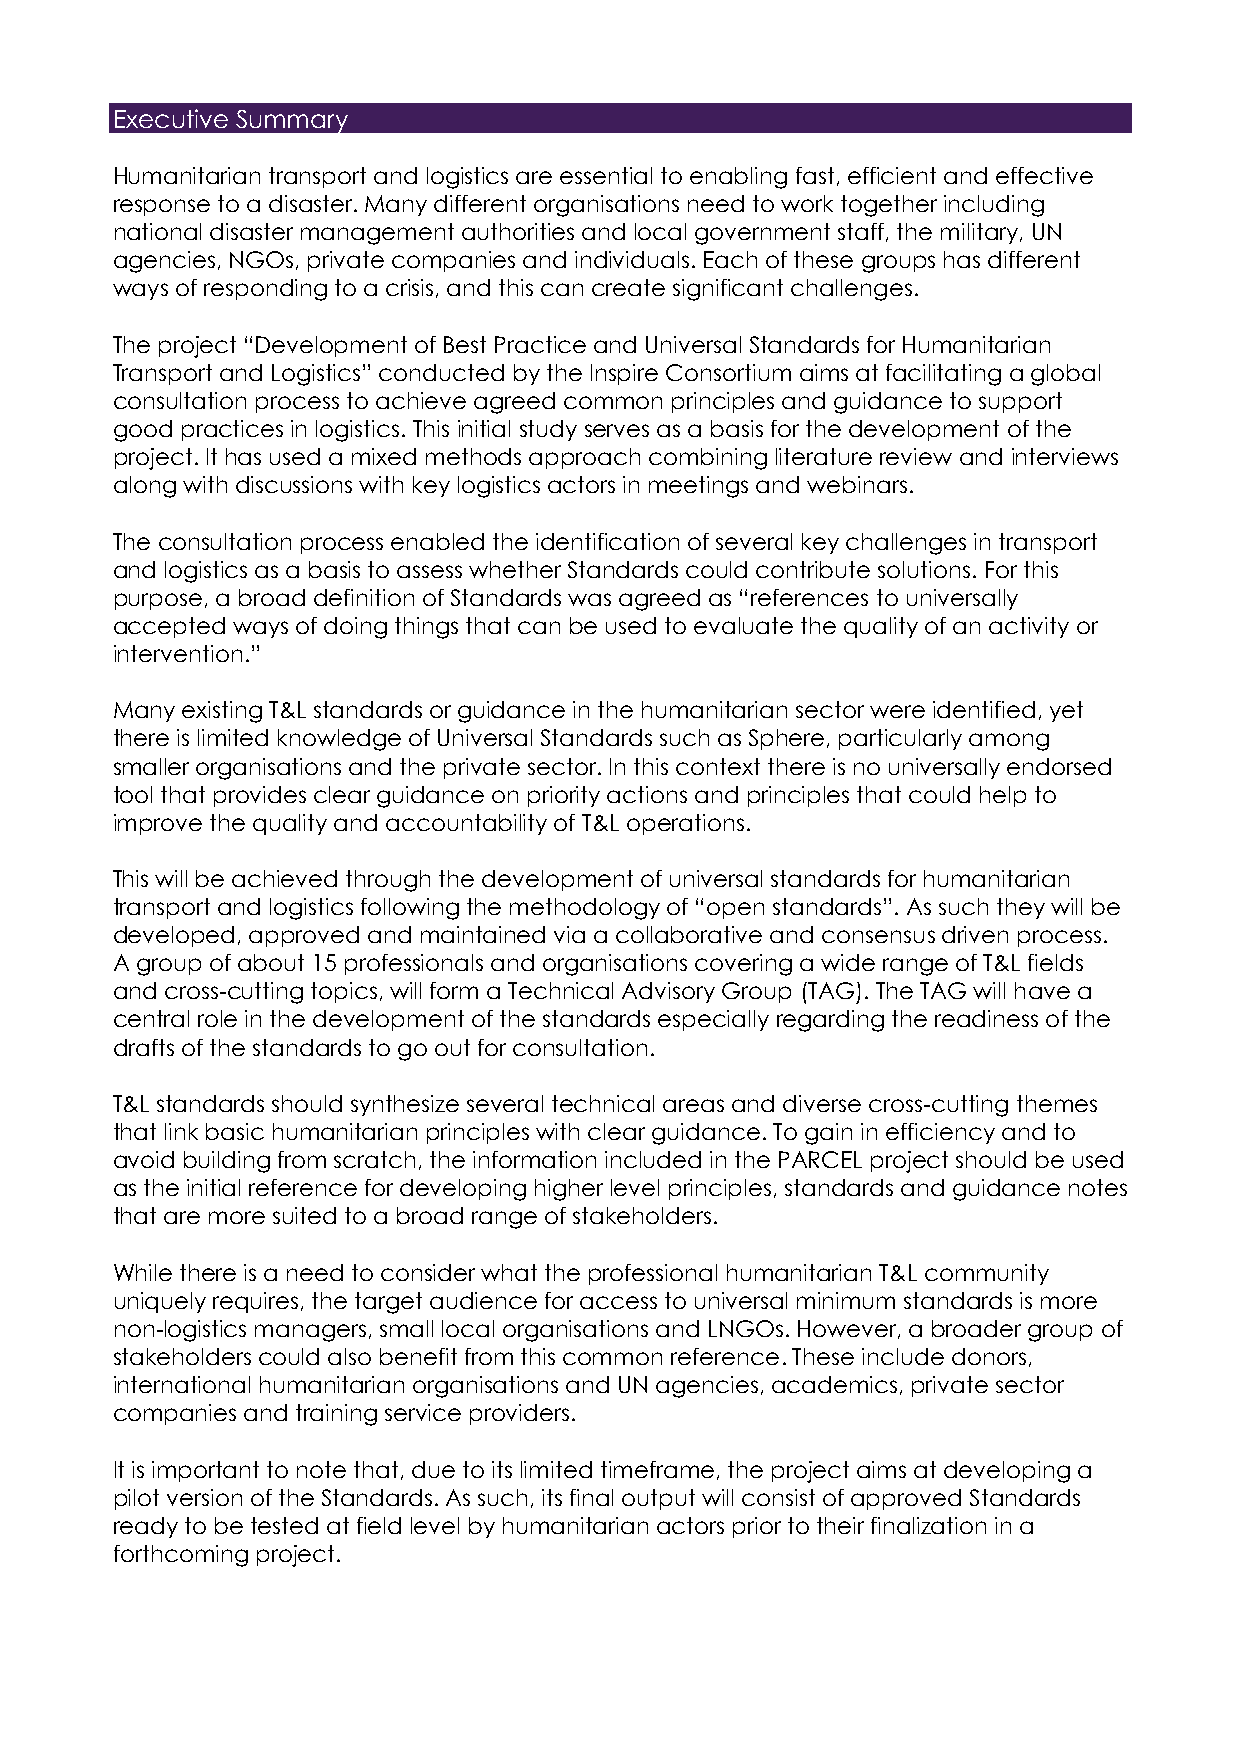
Executive Summary
 Humanitarian transport and logistics are essential to enabling fast, efficient and effective
 response to a disaster. Many different organisations need to work together including
 national disaster management authorities and local government staff, the military, UN
 agencies, NGOs, private companies and individuals. Each of these groups has different
 ways of responding to a crisis, and this can create significant challenges.
 The project “Development of Best Practice and Universal Standards for Humanitarian
 Transport and Logistics” conducted by the Inspire Consortium aims at facilitating a global
 consultation process to achieve agreed common principles and guidance to support
 good practices in logistics. This initial study serves as a basis for the development of the
 project. It has used a mixed methods approach combining literature review and interviews
 along with discussions with key logistics actors in meetings and webinars.
 The consultation process enabled the identification of several key challenges in transport
 and logistics as a basis to assess whether Standards could contribute solutions. For this
 purpose, a broad definition of Standards was agreed as “references to universally
 accepted ways of doing things that can be used to evaluate the quality of an activity or
 intervention.”
 Many existing T&L standards or guidance in the humanitarian sector were identified, yet
 there is limited knowledge of Universal Standards such as Sphere, particularly among
 smaller organisations and the private sector. In this context there is no universally endorsed
 tool that provides clear guidance on priority actions and principles that could help to
 improve the quality and accountability of T&L operations.
 This will be achieved through the development of universal standards for humanitarian
 transport and logistics following the methodology of “open standards”. As such they will be
 developed, approved and maintained via a collaborative and consensus driven process.
 A group of about 15 professionals and organisations covering a wide range of T&L fields
 and cross-cutting topics, will form a Technical Advisory Group (TAG). The TAG will have a
 central role in the development of the standards especially regarding the readiness of the
 drafts of the standards to go out for consultation.
 T&L standards should synthesize several technical areas and diverse cross-cutting themes
 that link basic humanitarian principles with clear guidance. To gain in efficiency and to
 avoid building from scratch, the information included in the PARCEL project should be used
 as the initial reference for developing higher level principles, standards and guidance notes
 that are more suited to a broad range of stakeholders.
 While there is a need to consider what the professional humanitarian T&L community
 uniquely requires, the target audience for access to universal minimum standards is more
 non-logistics managers, small local organisations and LNGOs. However, a broader group of
 stakeholders could also benefit from this common reference. These include donors,
 international humanitarian organisations and UN agencies, academics, private sector
 companies and training service providers.
 It is important to note that, due to its limited timeframe, the project aims at developing a
 pilot version of the Standards. As such, its final output will consist of approved Standards
 ready to be tested at field level by humanitarian actors prior to their finalization in a
 forthcoming project.